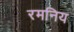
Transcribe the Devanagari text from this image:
रमनिय